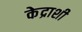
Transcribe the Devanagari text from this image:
केद्राशी